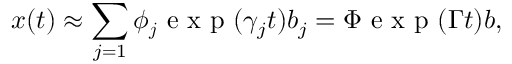
\boldsymbol { x } ( t ) \approx \sum _ { j = 1 } \boldsymbol { \phi _ { j } } \mathrm { ~ e ~ x ~ p ~ } ( \gamma _ { j } t ) b _ { j } = \boldsymbol { \Phi } \mathrm { ~ e ~ x ~ p ~ } ( \boldsymbol { \Gamma } t ) \boldsymbol { b } ,